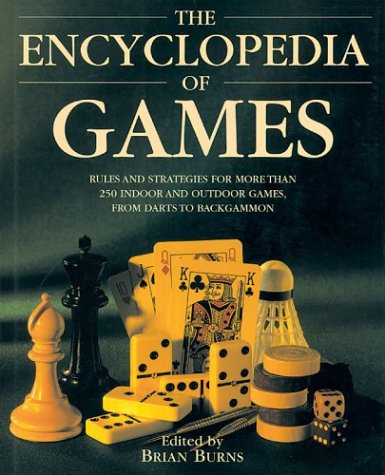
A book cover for The Encyclopedia of Games: Rules and Strategies for More than 250 Indoor and Outdoor Games, from Darts to Backgammon; Brian Burns; Reference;